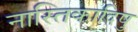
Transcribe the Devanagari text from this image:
नास्तिकादिषु